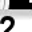
Digit: 2